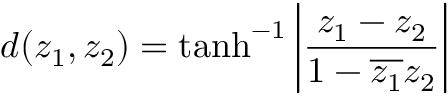
d ( z _ { 1 } , z _ { 2 } ) = \operatorname { t a n h } ^ { - 1 } \left| { \frac { z _ { 1 } - z _ { 2 } } { 1 - { \overline { { z _ { 1 } } } } z _ { 2 } } } \right|